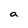
Character: a